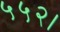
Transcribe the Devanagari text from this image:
५५२।